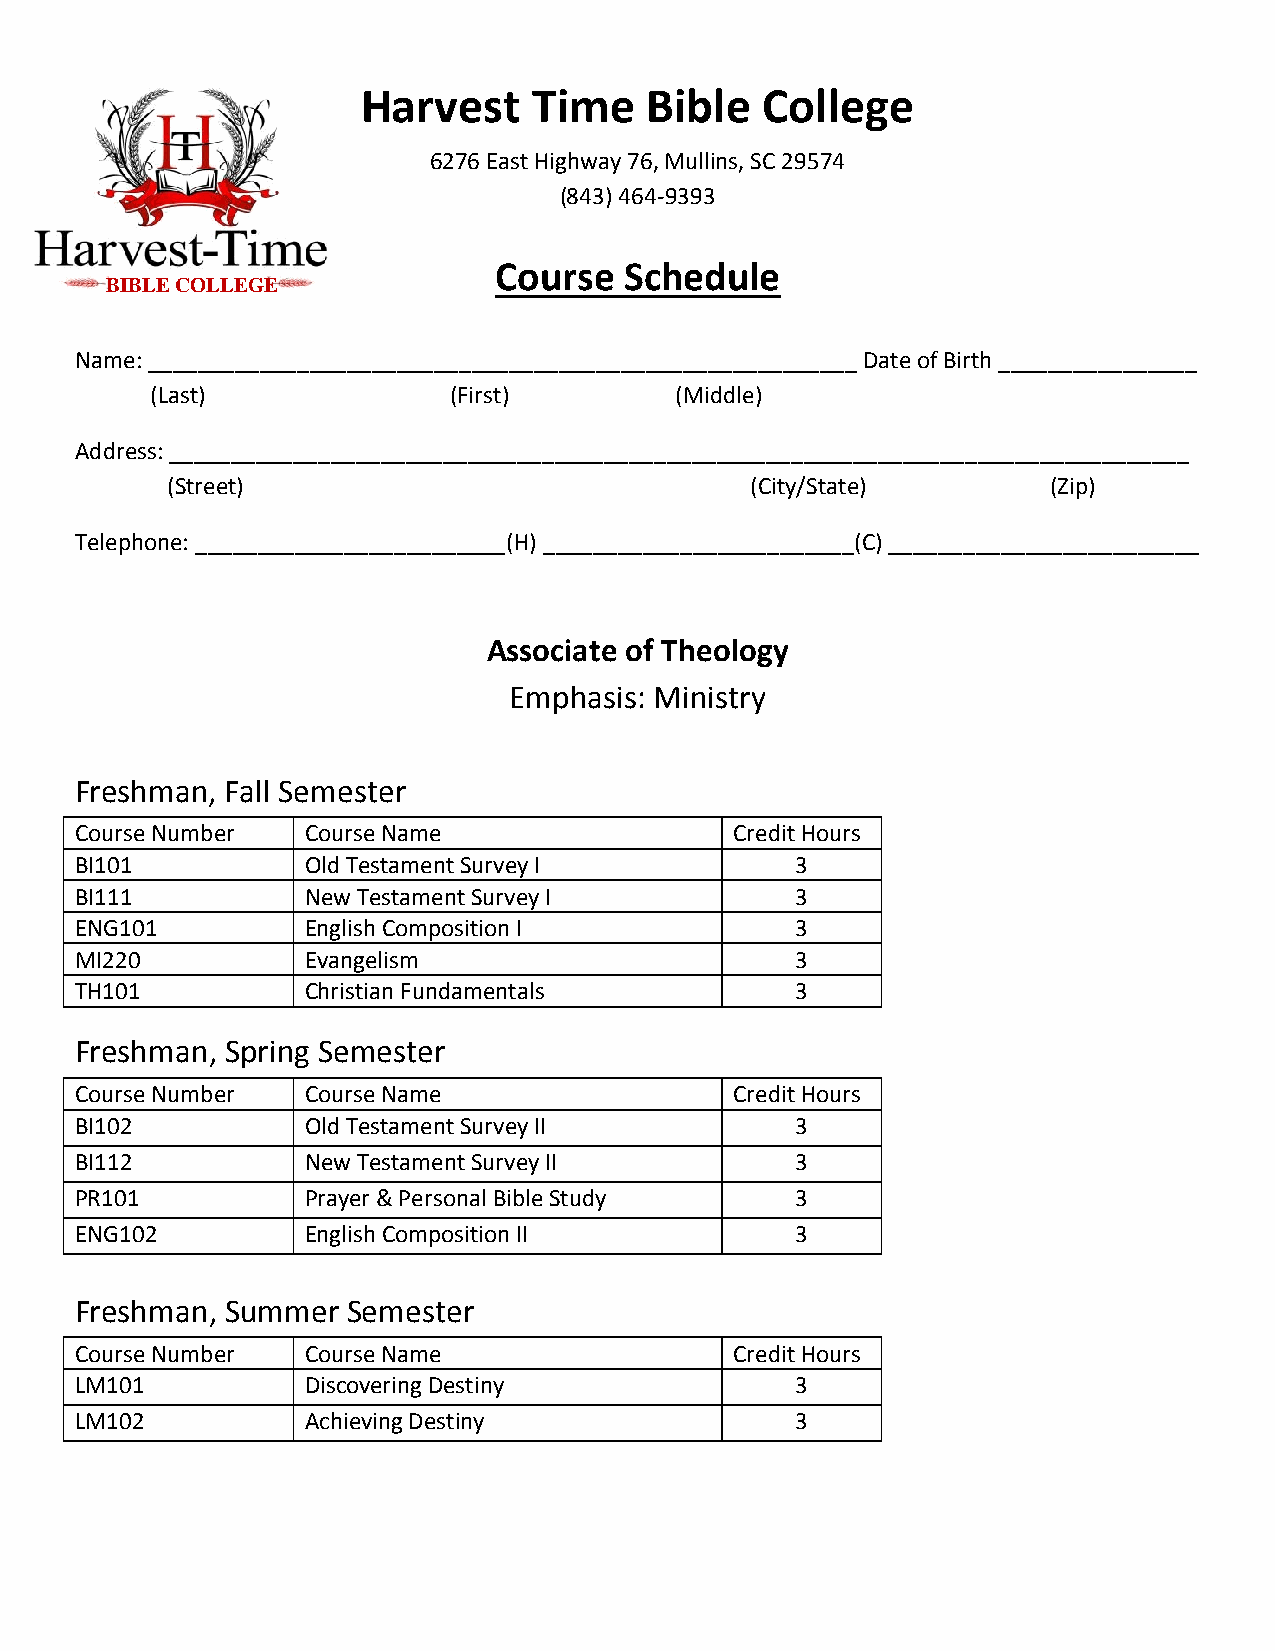
Harvest    Time    Bible  College
 6276 East Highway 76, Mullins, SC 29574
 (843) 464-9393
 Course  Schedule
 BIBLE COLLEGE
 Name: _________________________________________________________ Date of Birth ________________
 (Last)              (First)        (Middle)
 Address: __________________________________________________________________________________
 (Street)                               (City/State)        (Zip)
 Telephone: _________________________(H) _________________________(C) _________________________
 Associate of Theology
 Emphasis: Ministry
 Freshman, Fall Semester
 Course Number  Course Name                  Credit Hours
 BI101          Old Testament Survey I           3
 BI111          New Testament Survey I           3
 ENG101         English Composition I            3
 MI220          Evangelism                       3
 TH101          Christian Fundamentals           3
 Freshman, Spring Semester
 Course Number  Course Name                  Credit Hours
 BI102          Old Testament Survey II          3
 BI112          New Testament Survey II          3
 PR101          Prayer & Personal Bible Study    3
 ENG102         English Composition II           3
 Freshman, Summer  Semester
 Course Number  Course Name                  Credit Hours
 LM101          Discovering Destiny              3
 LM102          Achieving Destiny                3